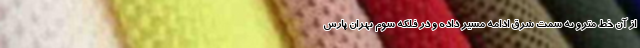
از آن خط مترو به سمت شرق ادامه مسیر داده و در فلکه سوم تهران پارس